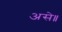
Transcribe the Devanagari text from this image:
असे॥